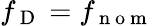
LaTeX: f_{\mathrm{~D~}}=f_{\mathrm{~n~o~m~}}